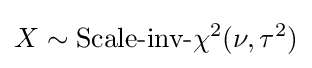
X\sim {\mbox{Scale-inv-}}\chi ^{2}(\nu ,\tau ^{2})